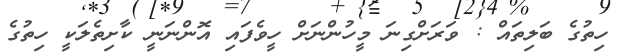
ހިތުގެ ބަލިތައް : ވަރަށްގިނަ މީހުންނަށް ހީވެފައި އޮންނަނީ ކާށިތެލަކީ ހިތުގެ